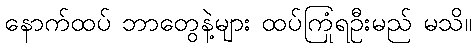
နောက်ထပ် ဘာတွေနဲ့များ ထပ်ကြုံရဦးမည် မသိ။